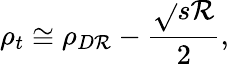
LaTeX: \rho_{t}\cong\rho_{D\mathcal{R}}-\frac{{\sqrt{}{{s}}\mathcal{R}}}{{2}},